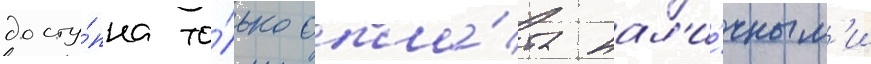
досту́пна то́лько опла́та нал'и́чным'и